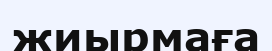
жиырмаға